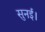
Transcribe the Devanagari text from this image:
सुनई।